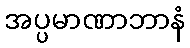
အပ္ပမာဏာဘာနံ